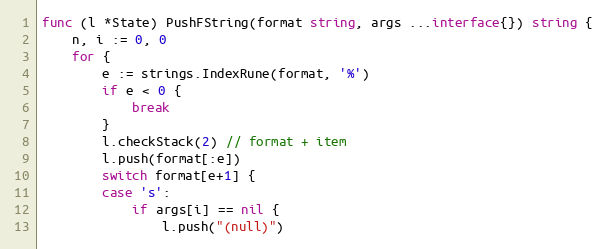
Language: Go
func (l *State) PushFString(format string, args ...interface{}) string {
	n, i := 0, 0
	for {
		e := strings.IndexRune(format, '%')
		if e < 0 {
			break
		}
		l.checkStack(2) // format + item
		l.push(format[:e])
		switch format[e+1] {
		case 's':
			if args[i] == nil {
				l.push("(null)")